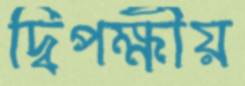
দ্বিপক্ষীয়